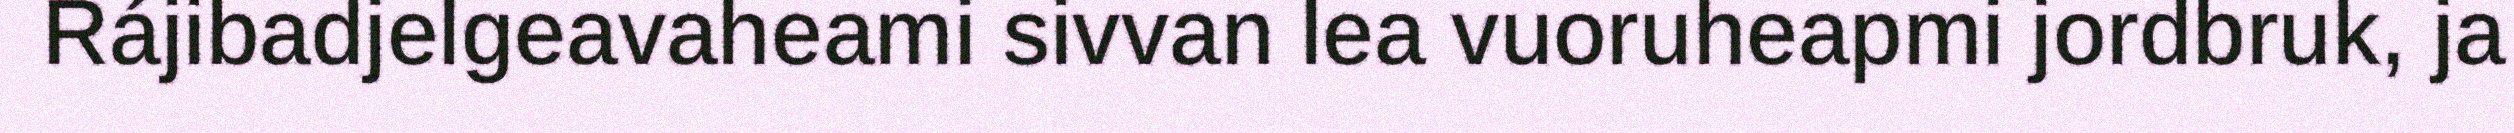
Rájibadjelgeavaheami sivvan lea vuoruheapmi jordbruk, ja